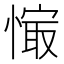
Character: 𰒉